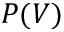
P ( V )